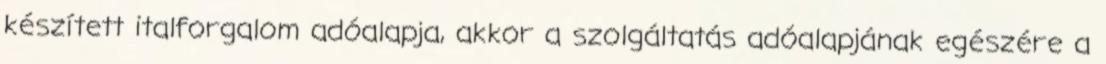
készített italforgalom adóalapja, akkor a szolgáltatás adóalapjának egészére a